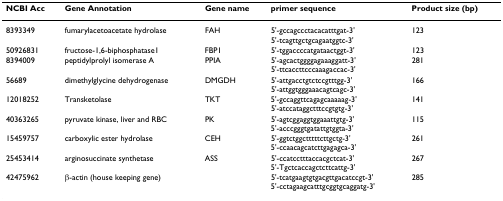
<table><thead><tr><td><b>NCBI Acc</b></td><td><b>Gene Annotation</b></td><td><b>Gene name</b></td><td><b>primer sequence</b></td><td><b>Product size (bp)</b></td></tr></thead><tbody><tr><td>8393349</td><td>fumarylacetoacetate hydrolase</td><td>FAH</td><td>5&#x27;-gccagccctacacatttgat-3&#x27;5&#x27;-tcagttgctgcagaatggtc-3&#x27;</td><td>123</td></tr><tr><td>50926831</td><td>fructose-1,6-biphosphatase1</td><td>FBP1</td><td>5&#x27;-tggaccccatgataactggt-3&#x27;</td><td>123</td></tr><tr><td>8394009</td><td>peptidylprolyl isomerase A</td><td>PPIA</td><td>5&#x27;-agcactggggagaaaggatt-3&#x27;5&#x27;-ttcaccttcccaaagaccac-3&#x27;</td><td>281</td></tr><tr><td>56689</td><td>dimethylglycine dehydrogenase</td><td>DMGDH</td><td>5&#x27;-attgacctgtctccgtttgg-3&#x27;5&#x27;-attggtgggaaacagtcagc-3&#x27;</td><td>166</td></tr><tr><td>12018252</td><td>Transketolase</td><td>TKT</td><td>5&#x27;-gccaggttcagagcaaaaag-3&#x27;5&#x27;-atccataggctttccgtgtg-3&#x27;</td><td>141</td></tr><tr><td>40363265</td><td>pyruvate kinase, liver and RBC</td><td>PK</td><td>5&#x27;-agtcggaggtggaaattgtg-3&#x27;5&#x27;-acccgggtgatattgtggta-3&#x27;</td><td>115</td></tr><tr><td>15459757</td><td>carboxylic ester hydrolase</td><td>CEH</td><td>5&#x27;-ggtctggctttttcttgctg-3&#x27;5&#x27;-ccaacagcatcttgagagca-3&#x27;</td><td>261</td></tr><tr><td>25453414</td><td>arginosuccinate synthetase</td><td>ASS</td><td>5&#x27;-ccatcctttaccacgctcat-3&#x27;5&#x27;-Tgctcaccagctcttcattg-3&#x27;</td><td>267</td></tr><tr><td>42475962</td><td>β-actin (house keeping gene)</td><td></td><td>5&#x27;-tcatgaagtgtgacgttgacatccgt-3&#x27;5&#x27;-cctagaagcatttgcggtgcaggatg-3&#x27;</td><td>285</td></tr></tbody></table>